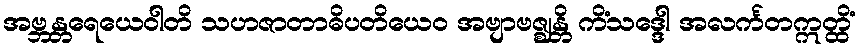
အဗ္ဘန္တရေယေဝါတိ သဟဇာတာဓိပတိယေဝ အဗျာဗဇ္ဈန္တိ ကိံသဒ္ဒေါ အလင်္ကတဣတ္ထိံ